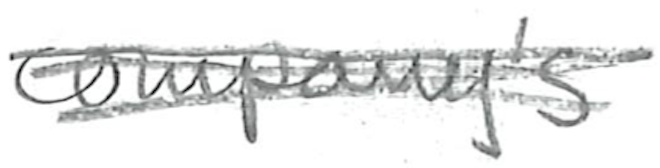
Text: company's
Cross-out: scratch
Writing tool: pencil